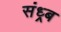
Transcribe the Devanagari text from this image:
संध्र्ब